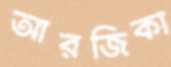
আরজিকা